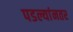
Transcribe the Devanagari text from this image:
पडल्यांनतर